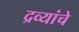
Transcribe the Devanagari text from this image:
द्रव्यांचे